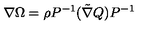
\nabla \Omega = \rho P ^ { - 1 } ( \tilde { \nabla } Q ) P ^ { - 1 }